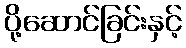
ပို့ဆောင်ခြင်းနှင့်